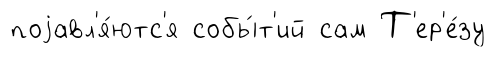
поjавл'я́ютс'я собы́т'ий сам Т'ер'е́зу